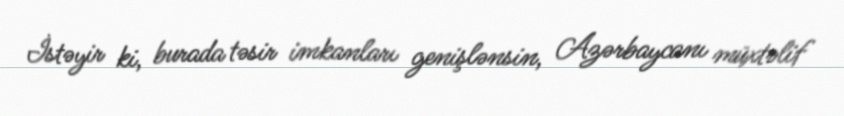
İstəyir ki, burada təsir imkanları genişlənsin, Azərbaycanı müxtəlif